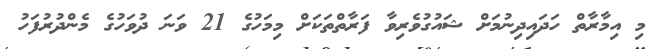
މި އިމާރާތް ހަދައިދިނުމަށް ޝައުގުވެރިވާ ފަރާތްތަކަށް މިމަހުގެ 21 ވަނަ ދުވަހުގެ މެންދުރުފަހު